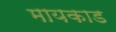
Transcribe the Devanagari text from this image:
मायकाड